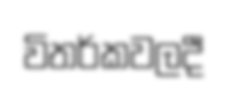
විතර්කවලදී